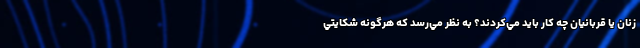
زنان يا قربانيان چه كار بايد مي‌كردند؟ به نظر مي‌رسد كه هرگونه شكايتي